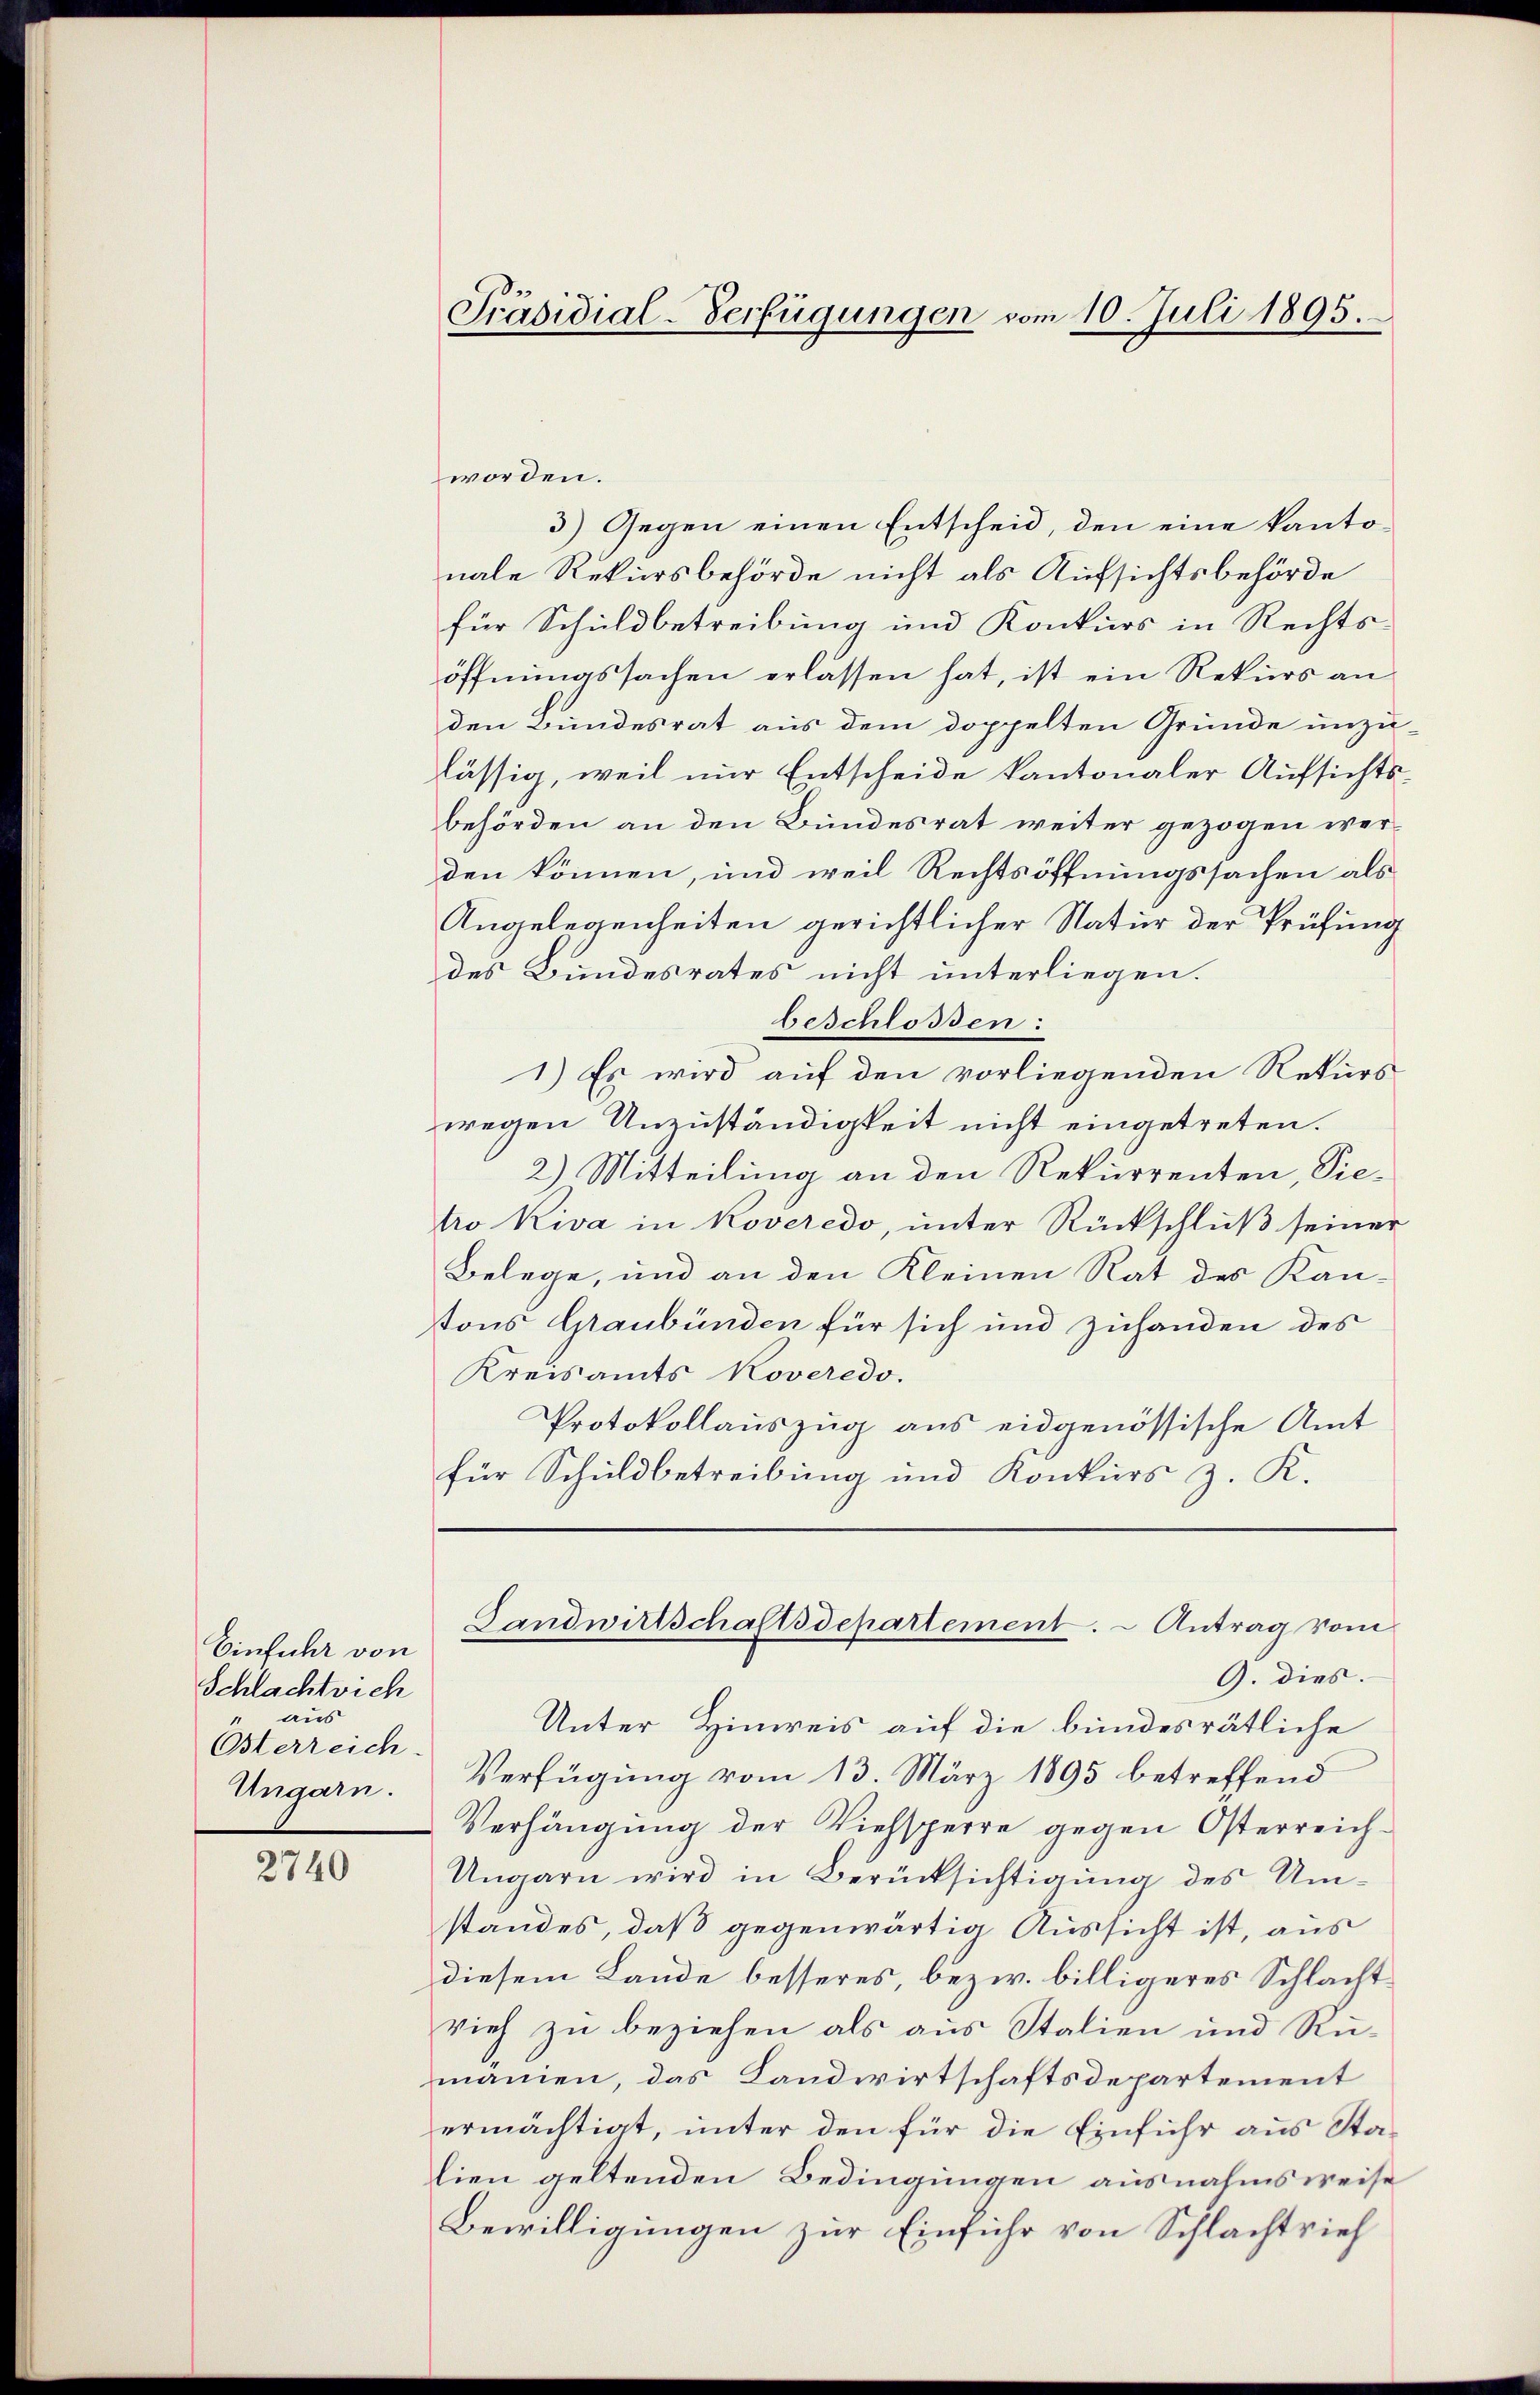
Einfuhr von
Schlacht sich
aus
Osterreich.
Ungarn.

2740

Präsidial-Verfügungen vom 10. Juli 1895.

worden.
3) Gegen einen Entscheid, den eine kantonale Rekursbehörde nicht als Aufsichtsbehörde
für Schuldbetreibung und Konkurs in Rechtsöffnungssachen erlassen hat, ist ein Rekurs an
den Bundesrat aus dem doppelten Gründe unzu-
lässig, weil nur Entscheide kantonaler Aufsichtsbehörden an den Bundesrat weiter gezogen werden können, und weil Rechtsöffnungssachen als
Angelegenheiten gerichtlicher Natur der Prüfung
des Bundesrates nicht unterliegen.
beschlossen:
1) Es wird auf den vorliegenden Rekurs
wegen Unzuständigkeit nicht eingetreten.
2) Mitteilung an den Rekurrenten, Sietro Kiva in Koveredo, unter Rückschluß seiner
Belege, und an den Kleinen Rat des Kan-
tons Graubünden für sich und zuhanden des
Kreisamts Koveredo.
Protokollauszug aus eidgenössische Amt
für Schuldbetreibung und Konkurs z. K.

Landwirtschaftsdepartement. – Antrag vom

G. dies.
Unter Hinweis auf die bundesrätliche
Verfügung vom 13. März 1895 betreffend
Verhängung der Viehsperre gegen Osterreich¬
Ungarn wird in Berücksichtigung des Umstandes, daß gegenwärtig Aussicht ist, aus
diesem Lande besseres, bezw. billigeres Schlacht
vieh zu beziehen als aus Stalien und Rumanien, das Landwirtschaftsdepartement
ermächtigt, unter den für die Einführ aus Stalien geltenden Bedingungen ausnahmsweise
Bewilligungen zur Einführ von Schlachtrief